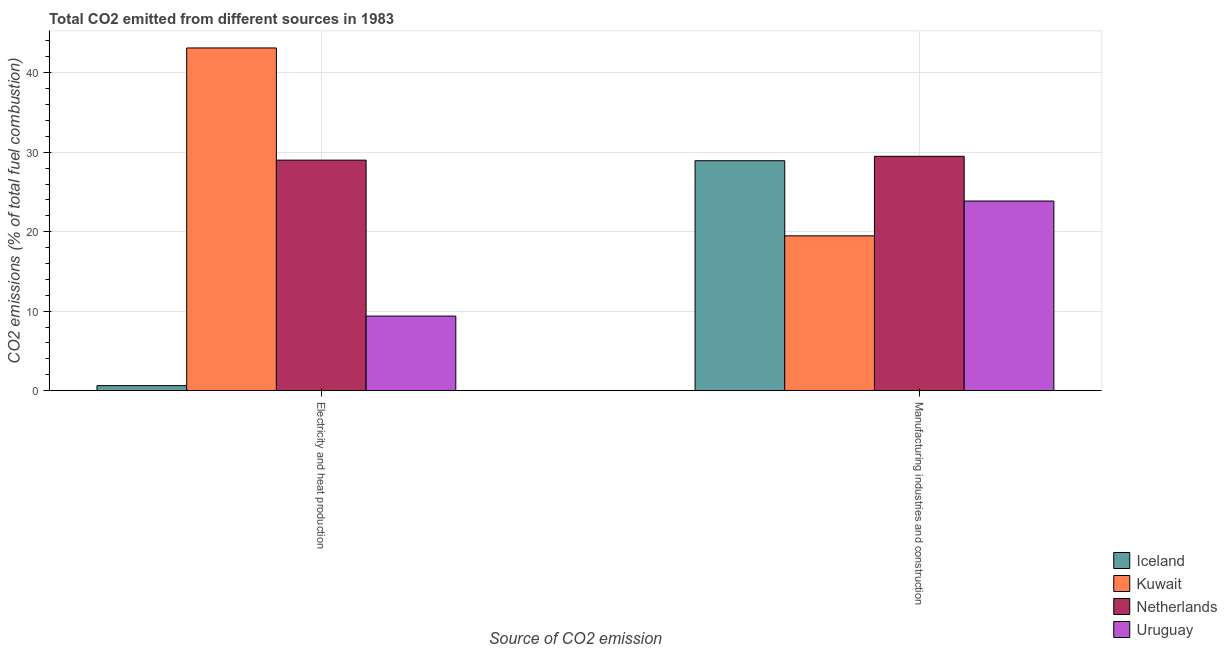
| Source of CO2 emission | Iceland | Kuwait | Netherlands | Uruguay |
 | --- | --- | --- | --- | --- |
 | Electricity and heat production | 0.629 | 43.1 | 29 | 9.38 |
 | Manufacturing industries and construction | 28.9 | 19.5 | 29.5 | 23.9 |